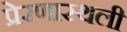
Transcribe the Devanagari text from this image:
प्रेरणास्थली